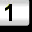
Digit: 1